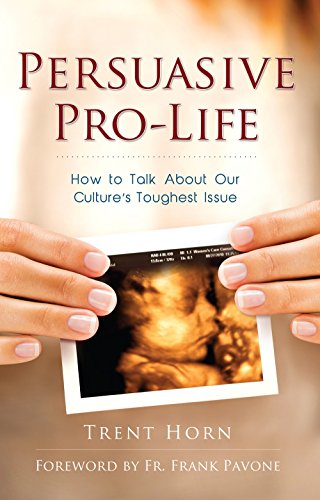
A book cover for Persuasive Pro Life: How to Talk about Our Culture's Toughest Issue; Trent Horn; Religion & Spirituality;